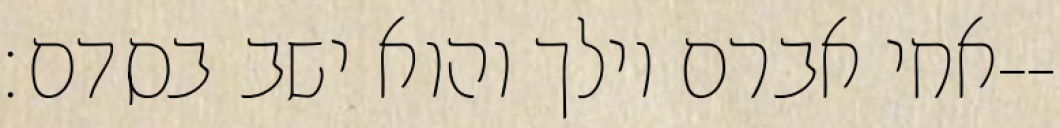
אחי אברם וילך והוא ישב בסדם׃--